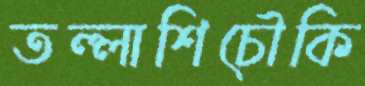
তল্লাশিচৌকি